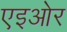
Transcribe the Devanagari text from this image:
एइओर